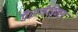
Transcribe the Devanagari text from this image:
पैरामेडिक्स